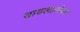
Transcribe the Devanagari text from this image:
चावलासोबत